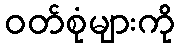
ဝတ်စုံများကို